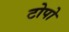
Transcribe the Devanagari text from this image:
टोपो